Plague in India, 1896, 1897 - Volume 3
Year: 1896
Disease focus: Plague
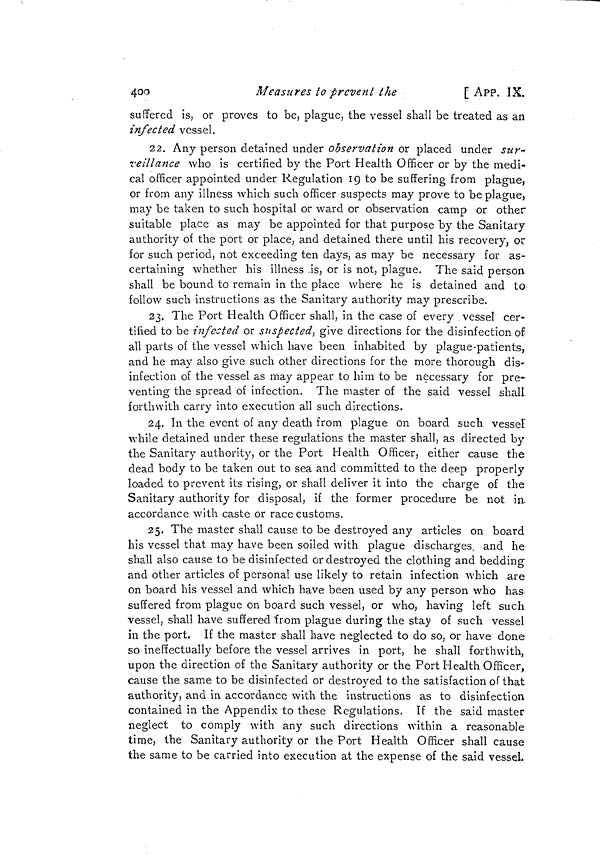
400
Measures to prevent the
[ APP. IX.
suffered is, or proves to be, plague, the vessel shall be treated as an
infected vessel.
22. Any person detained under observation or placed under sur-
veillance who is certified by the Port Health Officer or by the medi-
cal officer appointed under Regulation 19 to be suffering from plague,
or from any illness which such officer suspects may prove to be plague,
may be taken to such hospital or ward or observation camp or other
suitable place as may be appointed for that purpose by the Sanitary
authority of the port or place, and detained there until his recovery, or
for such period, not exceeding ten days, as may be necessary for as-
certaining whether his illness is, or is not, plague. The said person
shall be bound to remain in the place where he is detained and to
follow such instructions as the Sanitary authority may prescribe.
23. The Port Health Officer shall, in the case of every vessel cer-
tified to be infected or suspected, give directions for the disinfection of
all parts of the vessel which have been inhabited by plague-patients,
and he may also give such other directions for the more thorough dis-
infection of the vessel as may appear to him to be necessary for pre-
venting the spread of infection. The master of the said vessel shall
forthwith carry into execution all such directions.
24. In the event of any death from plague on board such vessel
while detained under these regulations the master shall, as directed by
the Sanitary authority, or the Port Health Officer, either cause the
dead body to be taken out to sea and committed to the deep properly
loaded to prevent its rising, or shall deliver it into the charge of the
Sanitary authority for disposal, if the former procedure be not in
accordance with caste or race customs.
25. The master shall cause to be destroyed any articles on board
his vessel that may have been soiled with plague discharges, and he
shall also cause to be disinfected or destroyed the clothing and bedding
and other articles of personal use likely to retain infection which are
on board his vessel and which have been used by any person who has
suffered from plague on board such vessel, or who, having left such
vessel, shall have suffered from plague during the stay of such vessel
in the port. If the master shall have neglected to do so, or have done
so ineffectually before the vessel arrives in port, he shall forthwith,
upon the direction of the Sanitary authority or the Port Health Officer,
cause the same to be disinfected or destroyed to the satisfaction of that
authority, and in accordance with the instructions as to disinfection
contained in the Appendix to these Regulations. If the said master
neglect to comply with any such directions within a reasonable
time, the Sanitary authority or the Port Health Officer shall cause
the same to be carried into execution at the expense of the said vessel.